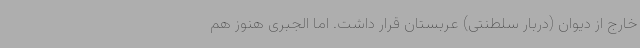
خارج از دیوان (دربار سلطنتی) عربستان قرار داشت. اما الجبری هنوز هم